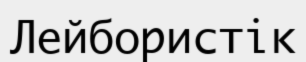
Лейбористік